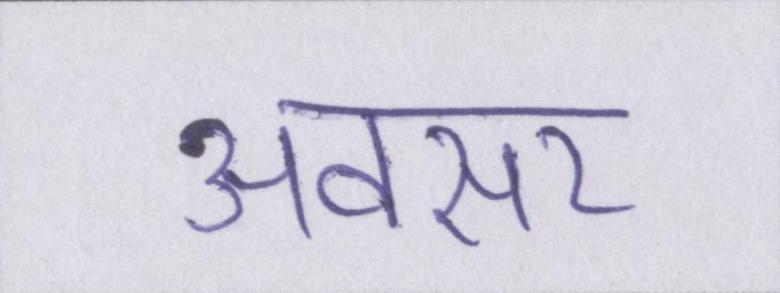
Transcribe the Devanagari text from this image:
अवसर